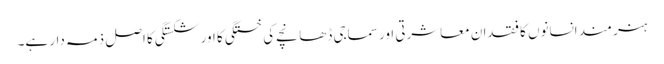
ہنر مند انسانوں کا فقدان معاشرتی اور سماجی ڈھانچے کی خستگی کا اور شکستگی کا اصل ذمہ دار ہے۔